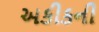
અકીકની